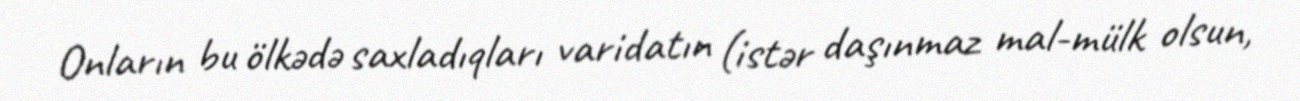
Onların bu ölkədə saxladıqları varidatın (istər daşınmaz mal-mülk olsun,